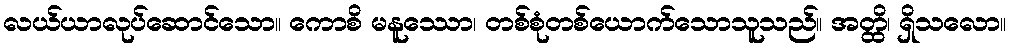
လယ်ယာလုပ်ဆောင်သော။ ကောစိ မနူဿော၊ တစ်စုံတစ်ယောက်သောသူသည်။ အတ္ထိ၊ ရှိသလော။